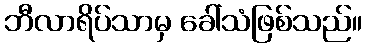
ဘီလာရိပ်သာမှ ခေါ်သံဖြစ်သည်။